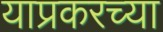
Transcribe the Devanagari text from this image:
याप्रकरच्या